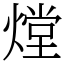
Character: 𤎌